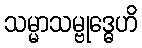
သမ္မာသမ္ဗုဒ္ဓေဟိ